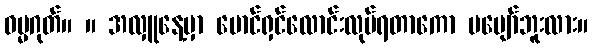
ဓမ္မဂုတ်။ ။ အလှူနေ့မှာ မောင်ရှင်လောင်းလုပ်ရတာကော မပျော်ဘူးလား။